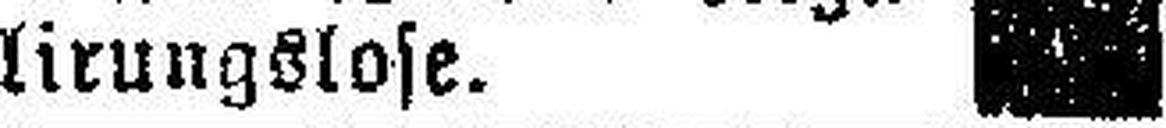
lirungslose.